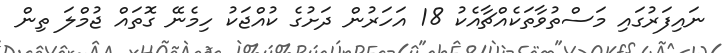
ނައިފަރުގައި މަސްތުވާތަކެއްޗާއެކު 18 އަހަރުން ދަށުގެ ކުއްޖަކު ހިމެނޭ ގޮތައް ޖުމްލަ ތިން